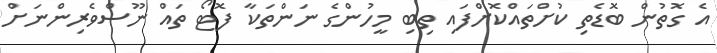
އެ ގޮތުން ބޮޑެތި ކުށްތައްކޮށްފައި ތިބި މީހުންގެ ނަންތަކާ ފޮޓޯ ތައް ނޫސްވެރިންނަށް